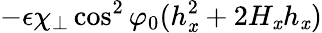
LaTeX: -\epsilon\chi_{\perp}\cos^{2}\varphi_{0}(h_{\mathit{x}}^{2}+2H_{\mathit{x}}h_{\mathit{x}})